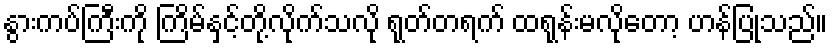
နွားကပ်ကြီးကို ကြိမ်နှင့်တို့လိုက်သလို ရုတ်တရက် ထရုန်းမလိုတော့ ဟန်ပြုသည်။